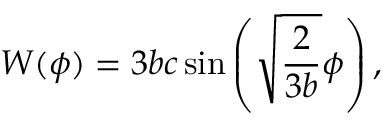
W ( \phi ) = 3 b c \sin \left( \sqrt { \frac { 2 } { 3 b } } \phi \right) ,